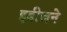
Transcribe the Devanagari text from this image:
इडीजने